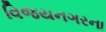
વિજયનગરના